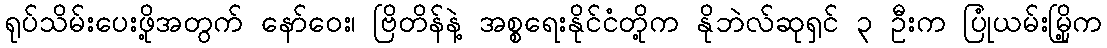
ရုပ်သိမ်းပေးဖို့အတွက် နော်ဝေး၊ ဗြိတိန်နဲ့ အစ္စရေးနိုင်ငံတို့က နိုဘဲလ်ဆုရှင် ၃ ဦးက ပြုံယမ်းမြို့က